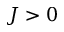
J > 0